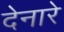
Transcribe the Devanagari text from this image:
देनारे